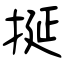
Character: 挻